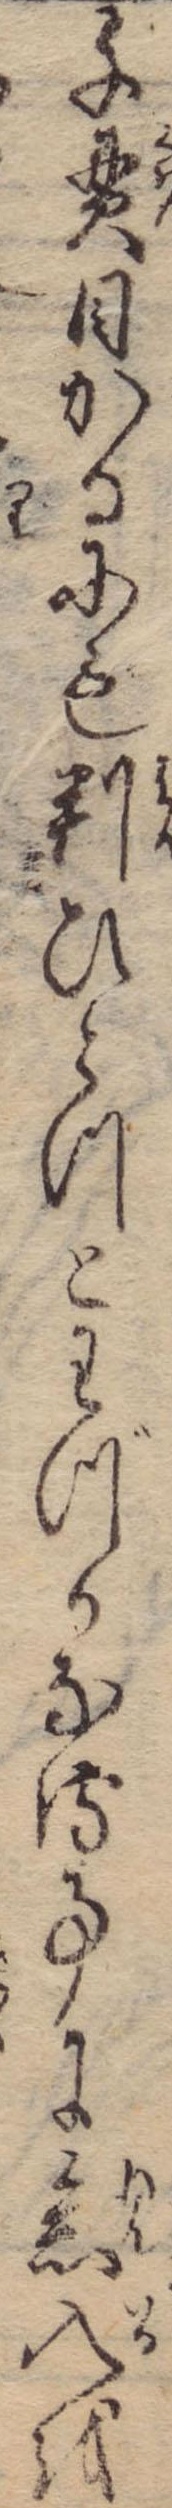
千貫目かるにも判ひとつとわづかなる事に念入を